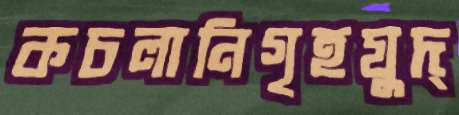
কচলানিগৃহযুদ্